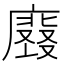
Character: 𭚀